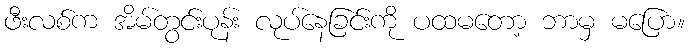
ဖီးလစ်က အိမ်တွင်းပုန်း လုပ်နေခြင်းကို ပထမတော့ ဘာမှ မပြော။